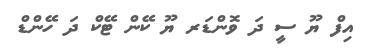
އިފް ޔޫ ސީ ދަ ވޮންޑަރ ޔޫ ކޭން ޓޭކް ދަ ހޭންޑް